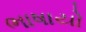
ભાષાયો